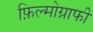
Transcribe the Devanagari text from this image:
फ़िल्मोग्राफी